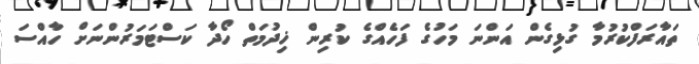
ތައާރަފްކުރުމާ ގުޅިގެން އަންނަ މަހުގެ ފަހެއްގެ ކުރިން ޚިދުމަތް ހޯދާ ކަސްޓަމަރުންނަށް ހާއްސަ